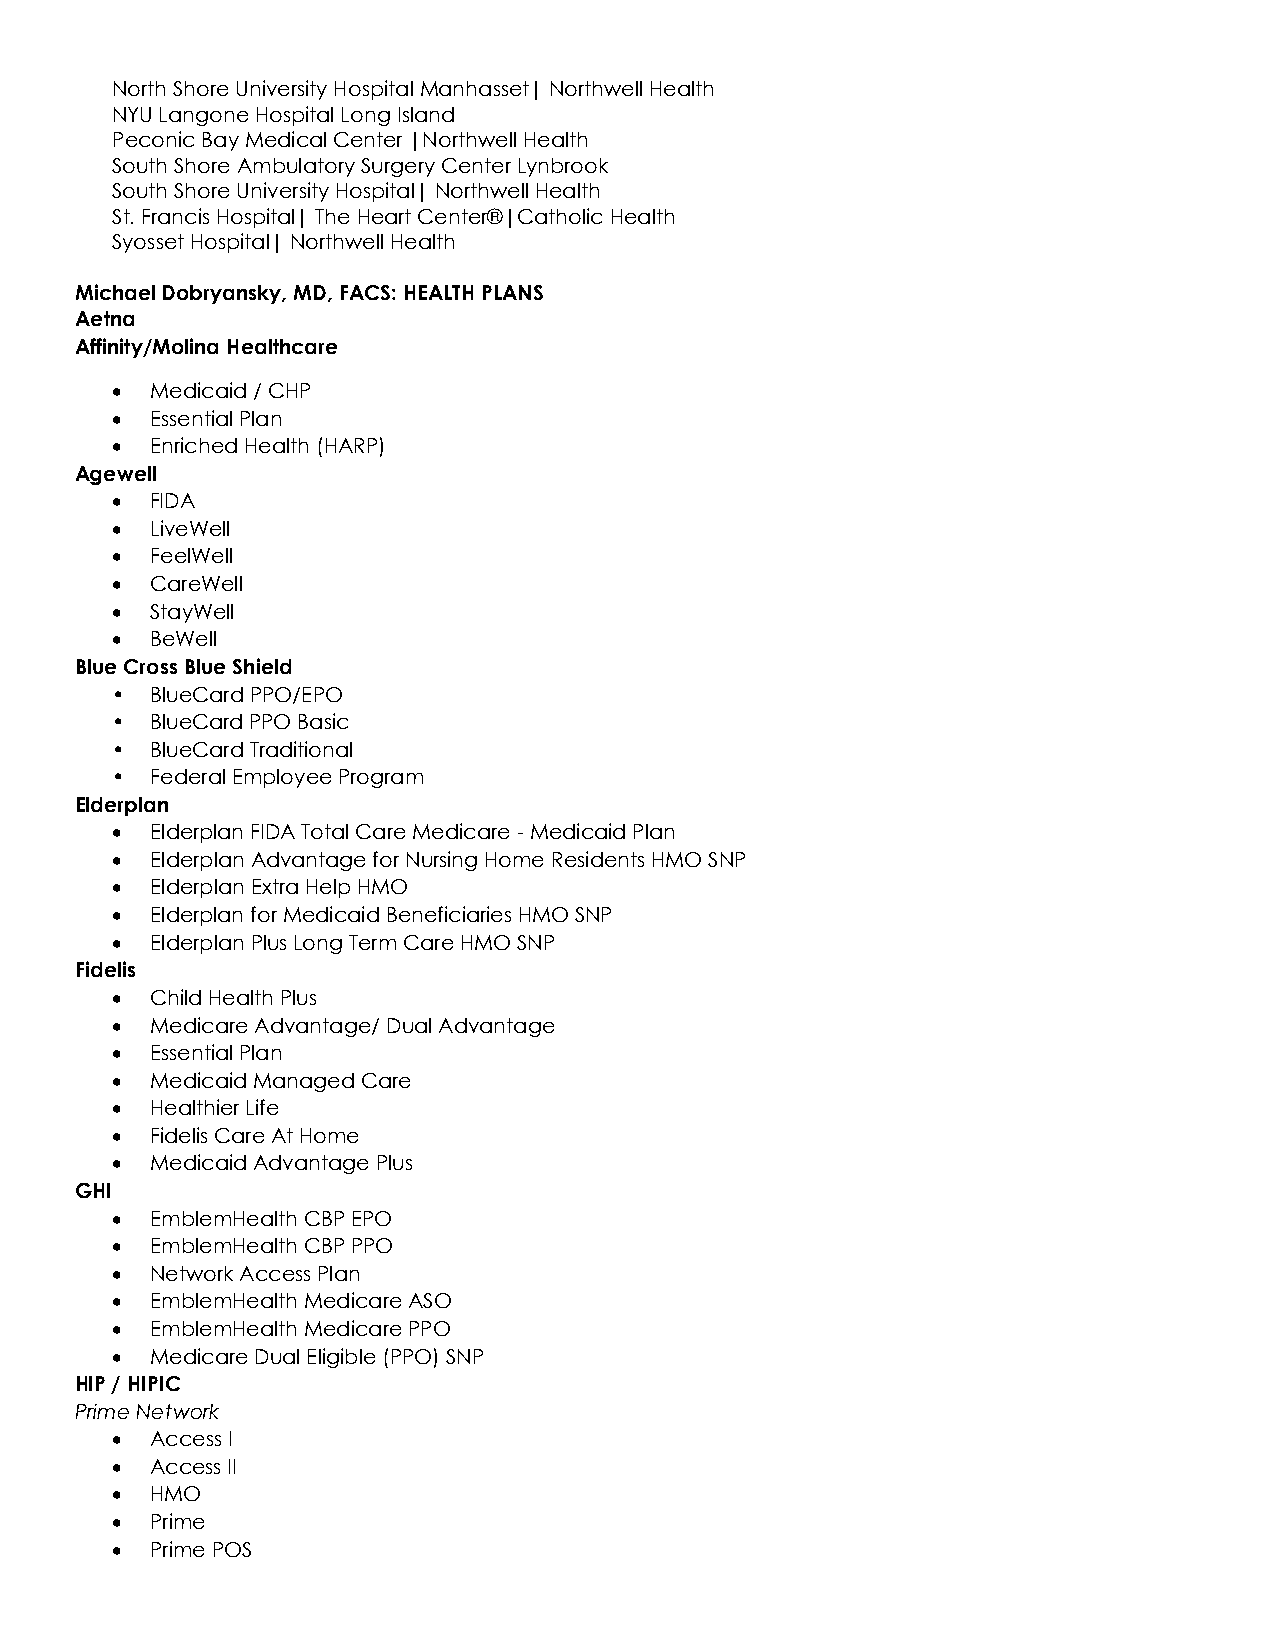
North Shore University Hospital Manhasset| Northwell Health
 NYU Langone Hospital Long Island
 Peconic Bay Medical Center |Northwell Health
 South Shore Ambulatory Surgery Center Lynbrook
 South Shore University Hospital| Northwell Health
 St. Francis Hospital| The Heart Center®|Catholic Health
 Syosset Hospital| Northwell Health
 Michael Dobryansky, MD, FACS: HEALTH PLANS
 Aetna
 Affinity/Molina Healthcare
 •  Medicaid / CHP
 •  Essential Plan
 •  Enriched Health (HARP)
 Agewell
 •  FIDA
 •  LiveWell
 •  FeelWell
 •  CareWell
 •  StayWell
 •  BeWell
 Blue Cross Blue Shield
 •  BlueCard PPO/EPO
 •  BlueCard PPO Basic
 •  BlueCard Traditional
 •  Federal Employee Program
 Elderplan
 •  Elderplan FIDA Total Care Medicare - Medicaid Plan
 •  Elderplan Advantage for Nursing Home Residents HMO SNP
 •  Elderplan Extra Help HMO
 •  Elderplan for Medicaid Beneficiaries HMO SNP
 •  Elderplan Plus Long Term Care HMO SNP
 Fidelis
 •  Child Health Plus
 •  Medicare Advantage/ Dual Advantage
 •  Essential Plan
 •  Medicaid Managed Care
 •  Healthier Life
 •  Fidelis Care At Home
 •  Medicaid Advantage Plus
 GHI
 •  EmblemHealth CBP EPO
 •  EmblemHealth CBP PPO
 •  Network Access Plan
 •  EmblemHealth Medicare ASO
 •  EmblemHealth Medicare PPO
 •  Medicare Dual Eligible (PPO) SNP
 HIP / HIPIC
 Prime Network
 •  Access I
 •  Access II
 •  HMO
 •  Prime
 •  Prime POS